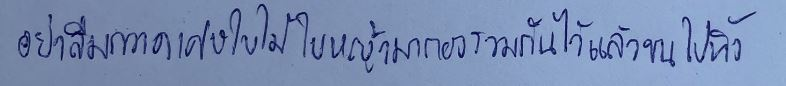
อย่าลืมกวาดเศษใบไม้ใบหญ้ามากองรวมกันไว้แล้วขนไปทิ้ง"